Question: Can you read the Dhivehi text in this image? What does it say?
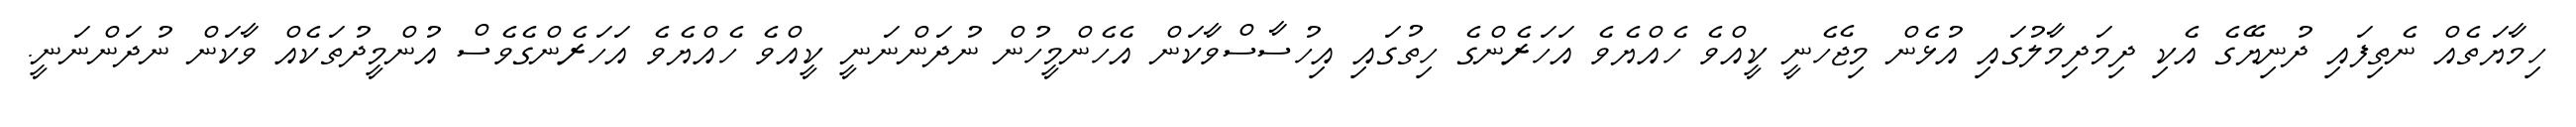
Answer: ހިމާޔަތެއް ނެތިފައި ދުނިޔޭގެ އެކި ދިމަދިމާލުގައި އުޅެން މިޖެހެނީ ކީއްވެ ހެއްޔެވެ އަހަރެންގެ ހިތުގައި އިހުސާސްވާކަން އެހެންމީހުން ނުދަންނަނީ ކީއްވެ ހެއްޔެވެ އަހަރެންގެވެސް އުންމީދުތަކެއް ވާކަން ނުދަންނަނީ.